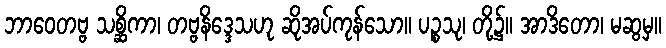
ဘာဝေတဗ္ဗ သစ္ဆိကာ၊ တဗ္ဗနိဒ္ဒေသဟု ဆိုအပ်ကုန်သော။ ပဉ္စသု၊ တို့၌။ အာဒိတော၊ မဆွမှ။